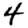
Digit: 4